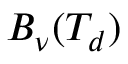
B _ { \nu } ( T _ { d } )